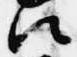
次